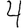
Digit: 4